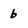
Character: b